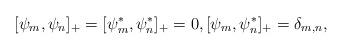
LaTeX: \begin{align*}[\psi_m,\psi_n]_+=[\psi^\ast_m,\psi^\ast_n]_+=0,[\psi_m,\psi^\ast_n]_+=\delta_{m,n},\end{align*}